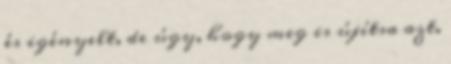
és igényelt, de úgy, hogy meg is újítsa azt.